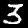
Label: 3